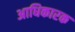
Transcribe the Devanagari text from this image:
अाधिकारक